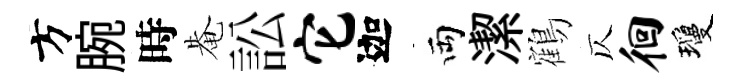
方腕時𤲅訟它迦両潔鶴仄徊瓊